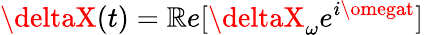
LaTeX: \deltaX(t)=\mathbb{R}e[\deltaX_{\omega}e^{i\omegat}]